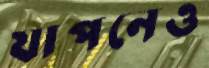
যাপনেও